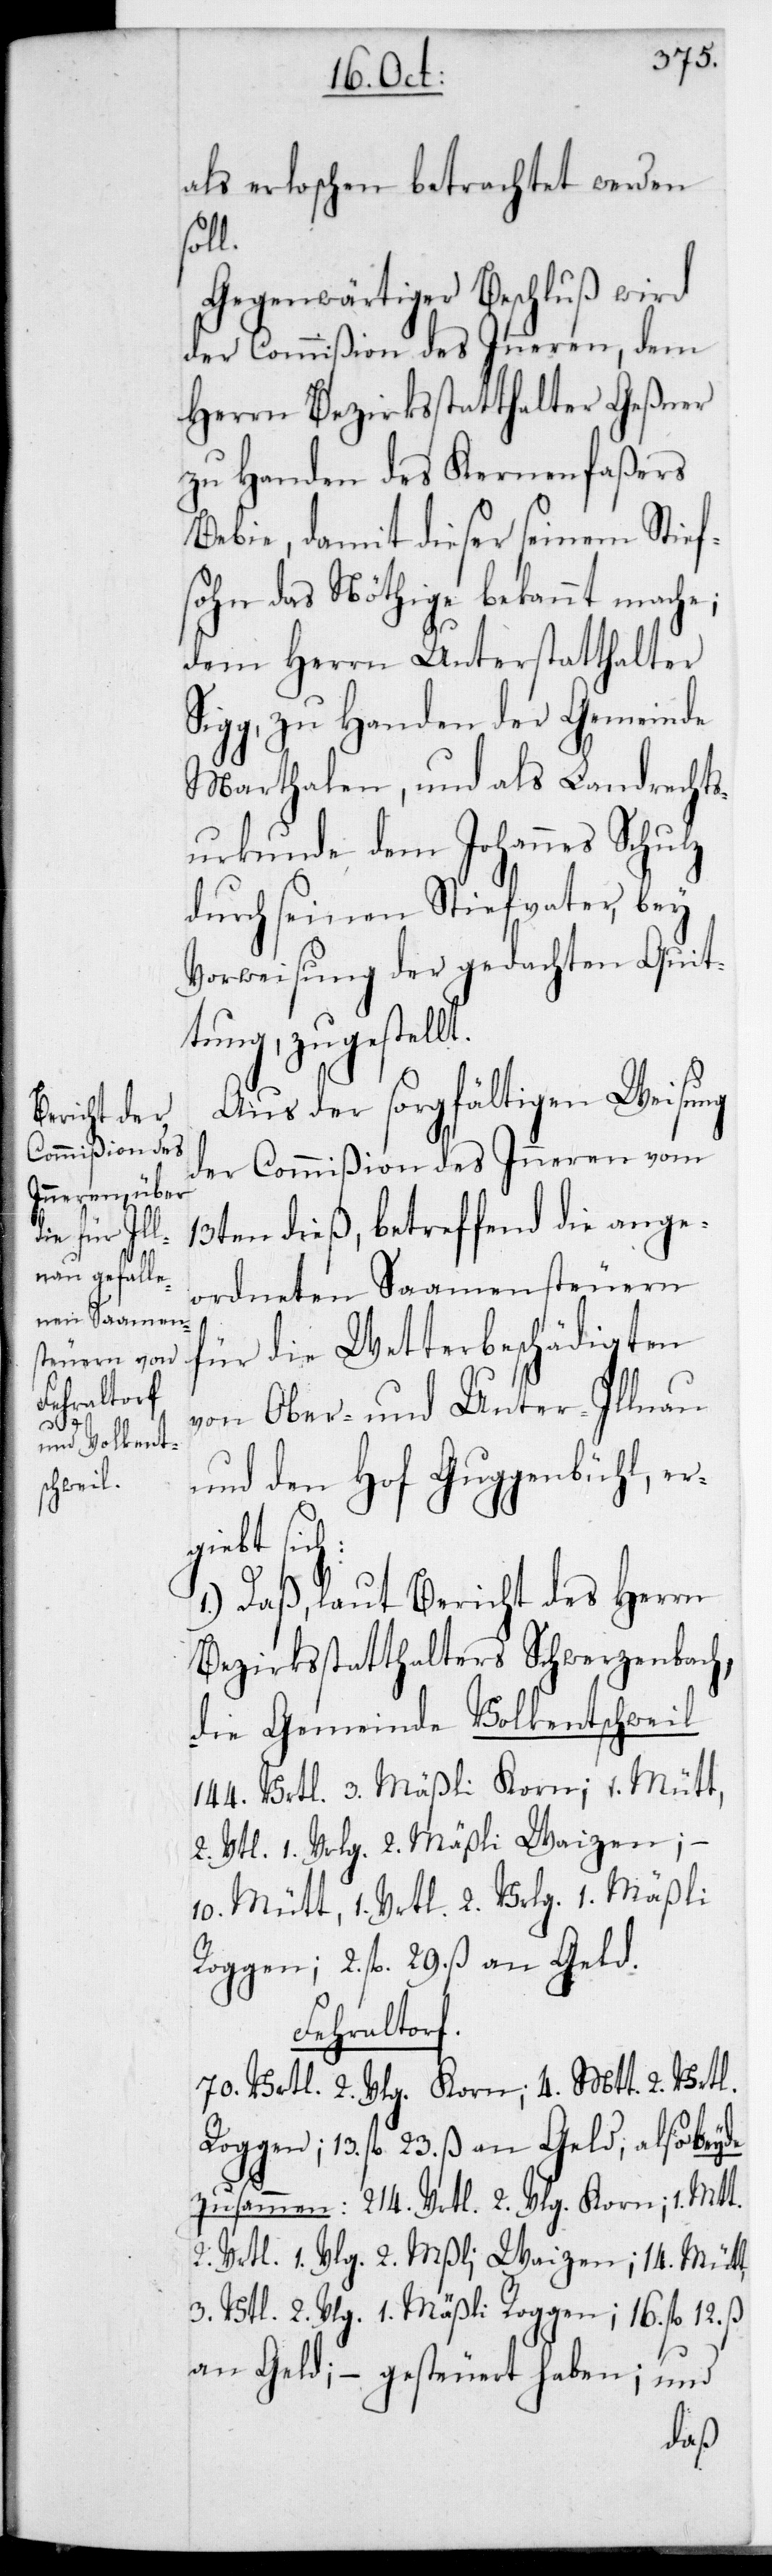
h:

als erloschen betrachtet werden
soll.
Gegenwärtiger Beschluß wird
der Commißion des Inneren, dem
Herrn Bezirksstatthalter Geßner
zu Handen des Kernenfaßers
Bebie, damit dieser seinem Stief¬
sohn das Nöthige bekannt mache;
dem Herrn Unterstatthalter
Sigg, zu Handen der Gemeinde
Marthalen, und als Landrechts¬
urkunde dem Johannes Schulz
durch seinen Stiefvater, bey
Vorweisung der gedachten Quit¬
tung, zugestellt.
Aus der sorgfältigen Weisung
der Commißion des Inneren vom
13ten dieß, betreffend die ange¬
ordneten Saamensteuern
für die Wetterbeschädigten
von Ober- und Unter-Illnau
und den Hof Guggenbühl, erg¬
iebt sic¬
1.) Daß, laut Bericht des Herrn
Bezirksstatthalter Schwerzenbach,
die Gemeinde Volkentschweil
144 Vrtl. 3 Mäßli Korn; 1 Mütt,
2 Vrtl. 1 Vrlg. 2 Mäßli Waizen;
10 Mütt 1 Vrtl. 2 Vrlg. 1 Mäßli
Roggen; 2 fl. 29 ß an Geld.
Fehraltorf.
70 Vrtl. 2 Vrlg. Korn; 4 Mtt 2 Vrtl.
Roggen; 13 fl. 23 ß an Geld; also beyde
zusammen: 214 Vrtl. 2 Vlg. Korn; 1 Mtt
2 Vrtl. 1 Vlg. 2 Mßli Waizen; 14 Mtt
3 Vtl. 2 Vlg. 1 Mäßli Roggen; 16 fl. 12 ß
an Geld; – gesteuert haben; und